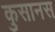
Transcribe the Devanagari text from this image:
कुसानस